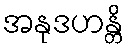
အနုဒဟန္တိ